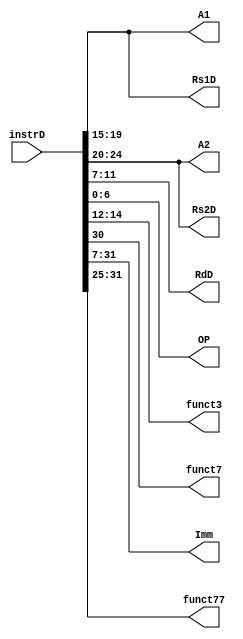
`timescale 1ns / 1ps
//////////////////////////////////////////////////////////////////////////////////
// Company: 
// Engineer: 
// 
// Design Name: 
// Module Name: InstrFetch
// Project Name: 
// Target Devices: 
// Tool Versions: 
// Description: 
// 
// Dependencies: 
// 
// Revision:
// Revision 0.01 - File Created
// Additional Comments:
// 
//////////////////////////////////////////////////////////////////////////////////


`timescale 1ns/1ps

module Instruction_Fetch (
    input      [31:0] instrD,
    output reg [4:0]  A1,
    output reg [4:0]  A2,
    output reg [4:0]  RdD,
    output reg [4:0]  Rs1D,
    output reg [4:0]  Rs2D,
    output reg [6:0]  OP,
    output reg [2:0]  funct3,
    output reg        funct7,
    output reg [24:0] Imm,
    output reg [6:0]  funct77
);
    always @ (*) begin
        A1      = instrD[19:15];
        A2      = instrD[24:20];
        RdD     = instrD[11:7];
        OP      = instrD[6:0];
        funct3  = instrD[14:12];
        funct7  = instrD[30];
        Imm     = instrD[31:7];
        funct77 = instrD[31:25];
        Rs1D    = instrD[19:15];
        Rs2D    = instrD[24:20];
    end
    
endmodule